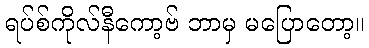
ရပ်စ်ကိုလ်နီကော့ဗ် ဘာမှ မပြောတော့။